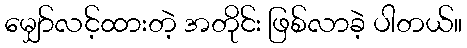
မျှော်လင့်ထားတဲ့ အတိုင်း ဖြစ်လာခဲ့ ပါတယ်။